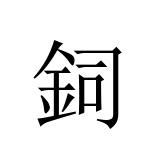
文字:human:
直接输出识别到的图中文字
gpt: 鉰